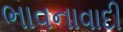
ભાવનાવાદી